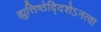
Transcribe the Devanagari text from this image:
ह्युत्तिष्ठेद्दिशेऽनत्वा